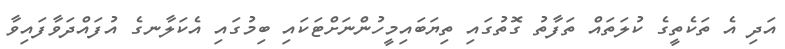
އަދި އެ ތަކެތީގެ ކުލަތައް ތަފާތު ގޮތުގައި ތިޔަބައިމީހުންނަށްޓަކައި ބިމުގައި އެކަލާނގެ އުފައްދަވާފައިވާ